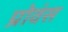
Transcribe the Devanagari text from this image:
प्रोवंस